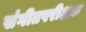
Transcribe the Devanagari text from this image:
संगीतपरीक्षक